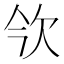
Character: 欦